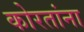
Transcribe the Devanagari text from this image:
कोरतांना